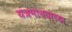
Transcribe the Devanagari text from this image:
यंत्रमानवाच्या